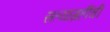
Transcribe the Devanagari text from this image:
सत्याग्रहींची